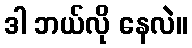
ဒါ ဘယ်လို နေလဲ။